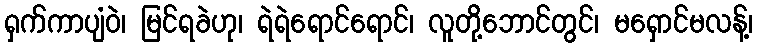
ရှက်ကာပျံဝဲ၊ မြင်ရခဲဟု၊ ရဲရဲရောင်ရောင်၊ လူတို့ဘောင်တွင်၊ မရှောင်မလန့်၊